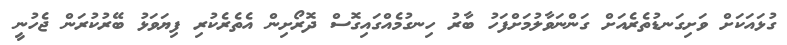
ގުޅައަކަށް ވަށިގަނޑުތެރެއަށް ގަންނަވާލުމަށްފަހު ބާރު ހިނގުމެއްގައިގޮސް ދޮރޯށިން އެތެރެކުރި ފިޔަވަޅު ބޭރުކުރަން ޖެހުނީ